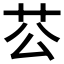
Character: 𦬘